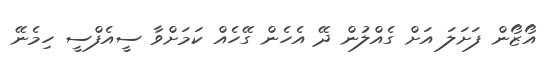
އޯޒޯން ފަށަލަ އަށް ގެއްލުން ދޭ އެހެން ގޭހެއް ކަމަށްވާ ސީއެފްސީ ހިމެނޭ